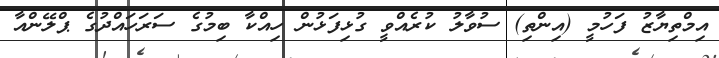
އިމްތިޔާޒު ފަހުމީ (އިންތި) ސުވާލު ކުރެއްވީ ގުޅިފަޅުން ހިއްކާ ބިމުގެ ސަރަހައްދުގެ ޕްލޭންއާ